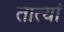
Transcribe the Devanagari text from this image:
तात्यां